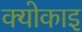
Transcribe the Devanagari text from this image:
क्योकाइ